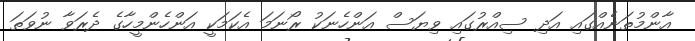
އާންމުތަނެއްގައި އަދި ސިއްރުގައި ވިޔަސް އަންހެނަކު ރޯނަމަ އެކަމަކީ އަންހެންމީހާގެ ދެރަވާ ނުވަތަ